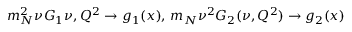
m _ { N } ^ { 2 } \nu G _ { 1 } { \nu , Q ^ { 2 } } \rightarrow g _ { 1 } ( x ) , \, m _ { N } \nu ^ { 2 } G _ { 2 } ( \nu , Q ^ { 2 } ) \rightarrow g _ { 2 } ( x )